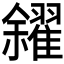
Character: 𠑝